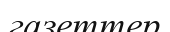
газеттер